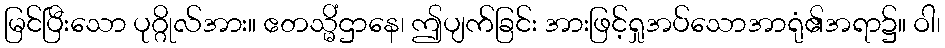
မြင်ပြီးသော ပုဂ္ဂိုလ်အား။ ဧတသ္မိံဌာနေ၊ ဤပျက်ခြင်း အားဖြင့်ရှုအပ်သောအာရုံ၏အရာ၌။ ဝါ၊